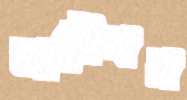
আযৌবন